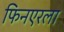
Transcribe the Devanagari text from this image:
फिनएरला